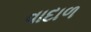
વાદાળ